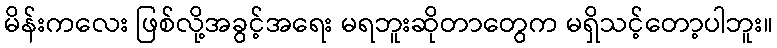
မိန်းကလေး ဖြစ်လို့အခွင့်အရေး မရဘူးဆိုတာတွေက မရှိသင့်တော့ပါဘူး။